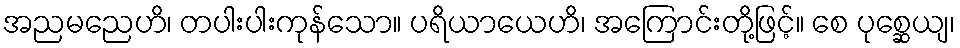
အညမညေဟိ၊ တပါးပါးကုန်သော။ ပရိယာယေဟိ၊ အကြောင်းတို့ဖြင့်။ စေ ပုစ္ဆေယျ၊